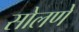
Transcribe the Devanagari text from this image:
सोलणे